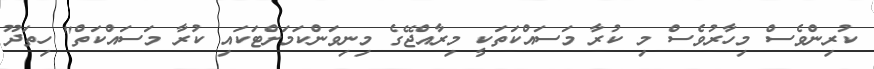
ކުރިންވެސް މިހާރުވެސް މި ކުރާ މަސައްކަތަކީ މިރާއްޖޭގެ މިނިވަންކަމަށްޓަކައި ކުރާ މަސައްކަތް" ހިތަދޫ